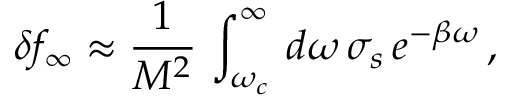
\delta f _ { \infty } \approx \frac { 1 } { M ^ { 2 } } \, \int _ { \omega _ { c } } ^ { \infty } \, d \omega \, \sigma _ { s } \, e ^ { - \beta \omega } \, ,